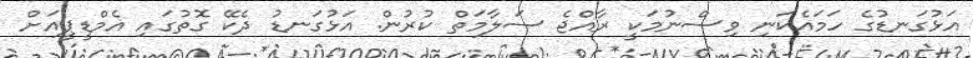
އަޅުގަނޑުގެ ހަމައެކަނި ވިސްނުމަކީ ރާއްޖެ ސަލާމަތް ކުރުން. އަޅުގަނޑު ދެކޭ ގޮތުގައި އެމްޑީޕީއަށް